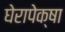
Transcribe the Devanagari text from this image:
घेरापेक्षा